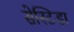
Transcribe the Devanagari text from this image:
सेस्टिडा